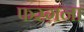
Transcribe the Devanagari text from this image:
फरग़ना